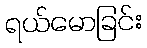
ရယ်မောခြင်း